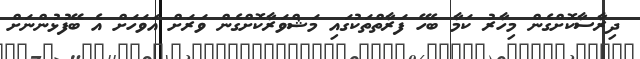
ދިރާސާކޮށްގެން މިހާރު ކަމާ ބެހޭ ފަރާތްތަކުގައި މަޝްވަރާކޮށްގެން ވަރަށް އަވަހަށް އެ ބޭފުޅުންނަށް